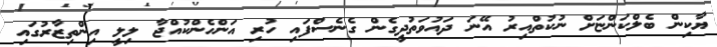
ޔާކިން ބެލްކަންޏަށް ނުކުތްއިރު އޭނަ ދައުވަތުދީގެން ގެނެސްފައި ހުރި އަންހެންކުއްޖާ ލިލީ އިންތިޒާރުގައި